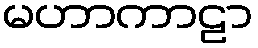
မဟာကာဠာ